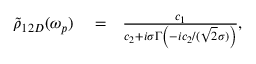
\begin{array} { r l r } { \tilde { \rho } _ { 1 2 D } ( \omega _ { p } ) } & { { } = } & { \frac { c _ { 1 } } { c _ { 2 } + i \sigma \Gamma \left( - i c _ { 2 } / ( \sqrt { 2 } \sigma ) \right) } , } \end{array}